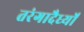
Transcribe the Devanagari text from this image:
तरंगादैर्ध्यों